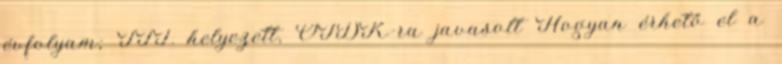
évfolyam; III. helyezett, OTDK-ra javasolt Hogyan érhető el a